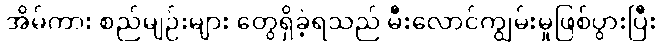
အိမ်ကား စည်မျဉ်းများ တွေရှိခဲ့ရသည် မီးလောင်ကျွမ်းမှုဖြစ်ပွားပြီး